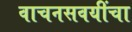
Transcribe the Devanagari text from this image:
वाचनसवयींचा